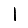
Digit: 1